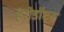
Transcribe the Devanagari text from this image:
हेरोडॉटस